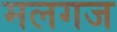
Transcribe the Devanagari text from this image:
मलगज